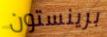
برينستون